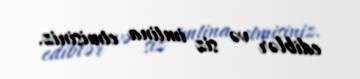
ediblər və siz imtina etmisiniz.